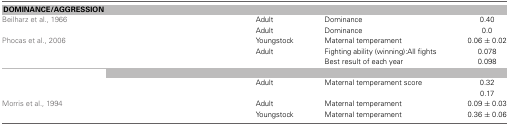
<table><thead><tr><td colspan="5"><b>DOMINANCE/AGGRESSION</b></td></tr></thead><tbody><tr><td>Beilharz et al., 1966</td><td>[EMPTY_CELL]</td><td>Adult</td><td>Dominance</td><td>0.40</td></tr><tr><td>[EMPTY_CELL]</td><td>[EMPTY_CELL]</td><td>Adult</td><td>Dominance</td><td>0.0</td></tr><tr><td>Phocas et al., 2006</td><td>[EMPTY_CELL]</td><td>Youngstock</td><td>Maternal temperament</td><td>0.06 ± 0.02</td></tr><tr><td>[EMPTY_CELL]</td><td>[EMPTY_CELL]</td><td>Adult</td><td>Fighting ability (winning): All fights</td><td>0.078</td></tr><tr><td>[EMPTY_CELL]</td><td>[EMPTY_CELL]</td><td>[EMPTY_CELL]</td><td>Best result of each year</td><td>0.098</td></tr><tr><td colspan="5">[EMPTY_CELL]</td></tr><tr><td>[EMPTY_CELL]</td><td>[EMPTY_CELL]</td><td>Adult</td><td>Maternal temperament score</td><td>0.32</td></tr><tr><td>[EMPTY_CELL]</td><td>[EMPTY_CELL]</td><td>[EMPTY_CELL]</td><td>[EMPTY_CELL]</td><td>0.17</td></tr><tr><td>Morris et al., 1994</td><td>[EMPTY_CELL]</td><td>Adult</td><td>Maternal temperament</td><td>0.09 ± 0.03</td></tr><tr><td>[EMPTY_CELL]</td><td>[EMPTY_CELL]</td><td>Youngstock</td><td>Maternal temperament</td><td>0.36 ± 0.06</td></tr></tbody></table>